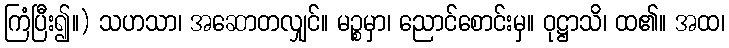
ကြံပြီး၍။) သဟသာ၊ အဆောတလျှင်။ မဉ္စမှာ၊ ညောင်စောင်းမှ။ ဝုဋ္ဌာသိ၊ ထ၏။ အထ၊